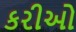
કરીઓ